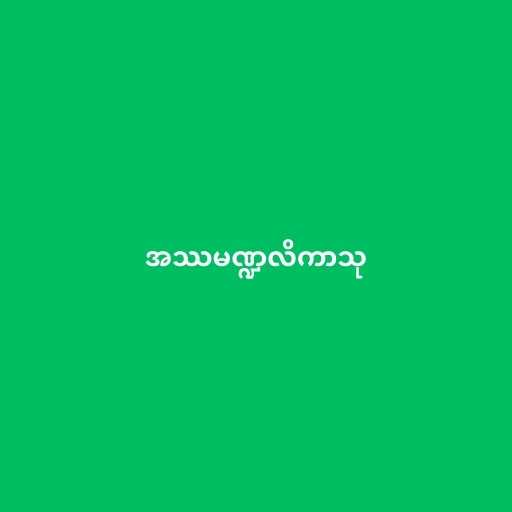
အဿမဏ္ဍလိကာသု